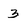
Character: 3